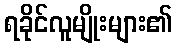
ရခိုင်လူမျိုးများ၏